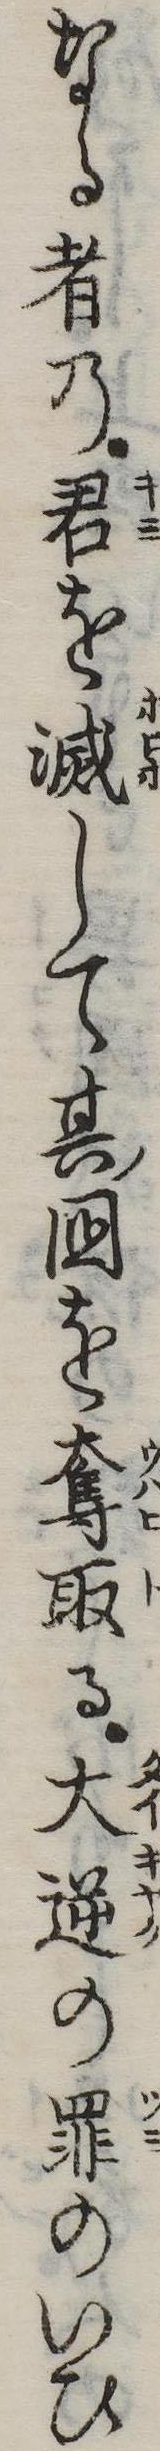
なる者の君を滅して其国を奪取る大逆の罪のいひ